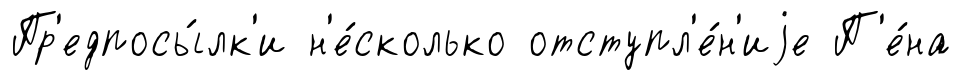
Пр'едпосы́лк'и н'е́сколько отступл'е́н'иjе П'е́на